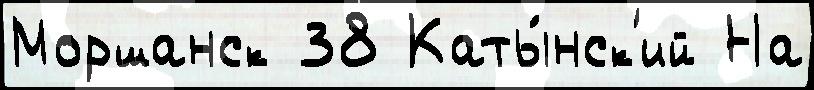
Моршанск 38 Каты́нск'ий На